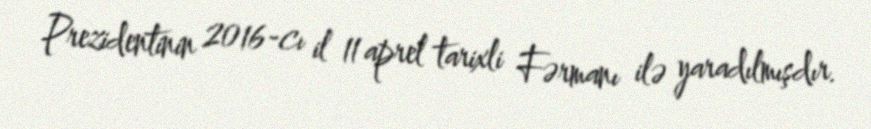
Prezidentinin 2016-cı il 11 aprel tarixli Fərmanı ilə yaradılmışdır.